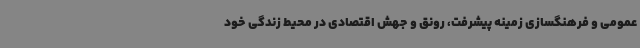
عمومی و فرهنگسازی زمینه پیشرفت، رونق و جهش اقتصادی در محیط زندگی خود